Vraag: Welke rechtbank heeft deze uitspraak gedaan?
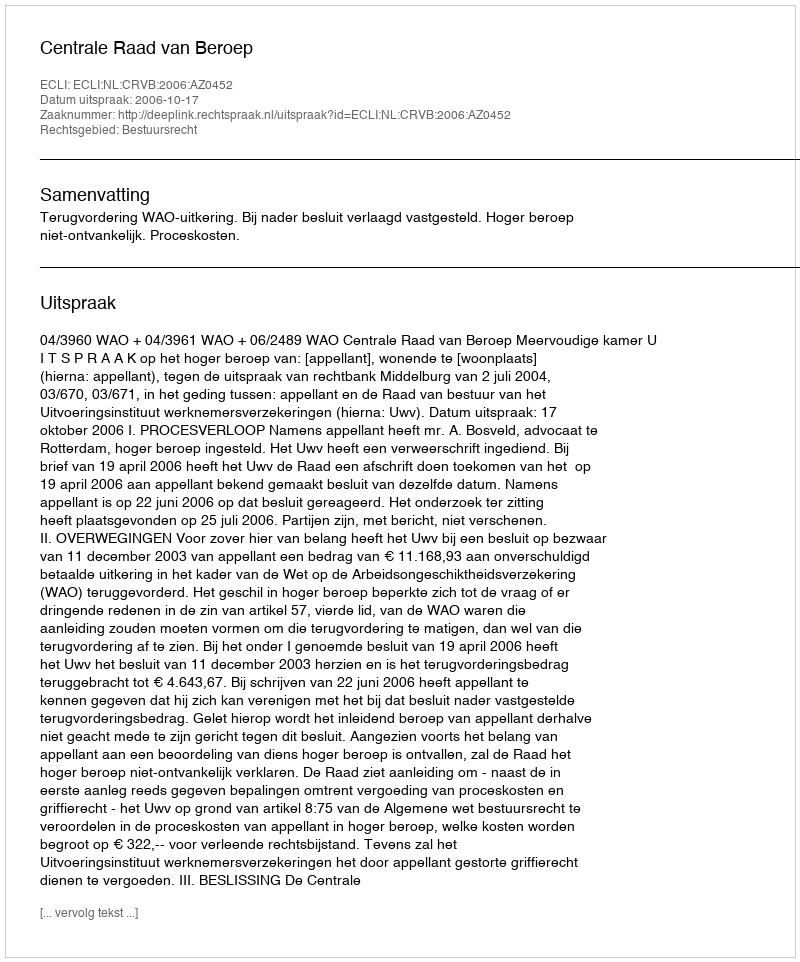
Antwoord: Centrale Raad van Beroep